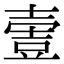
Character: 𡔹